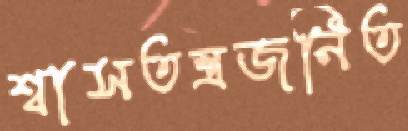
শ্বাসতন্ত্রজনিত